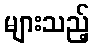
များသည့်